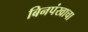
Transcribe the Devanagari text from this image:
बिनपंखाचा